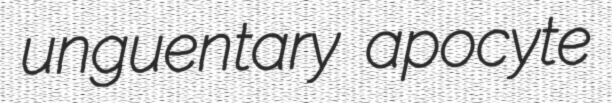
unguentary apocyte